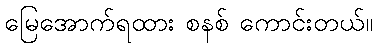
မြေအောက်ရထား စနစ် ကောင်းတယ်။